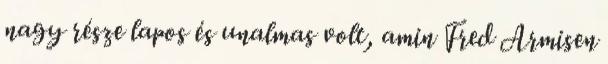
nagy része lapos és unalmas volt, amin Fred Armisen